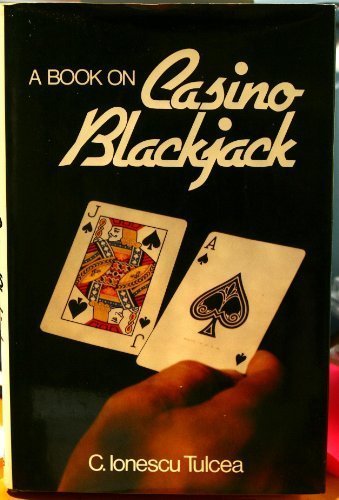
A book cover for A book on casino blackjack; C Ionescu Tulcea; Humor & Entertainment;